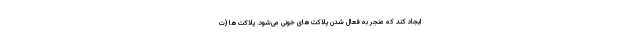
ایجاد کند که منجر به فعال‌ شدن پلاکت‌های خونی می‌شود. پلاکت‌ها (ت